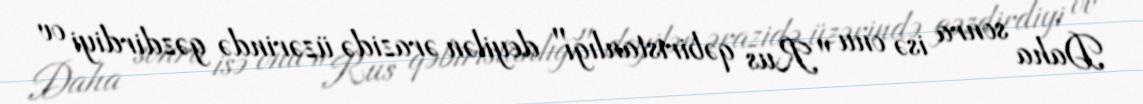
Daha sonra isə onu "Rus qəbiristanlığı" deyilən ərazidə üzərində gəzdirdiyi ov